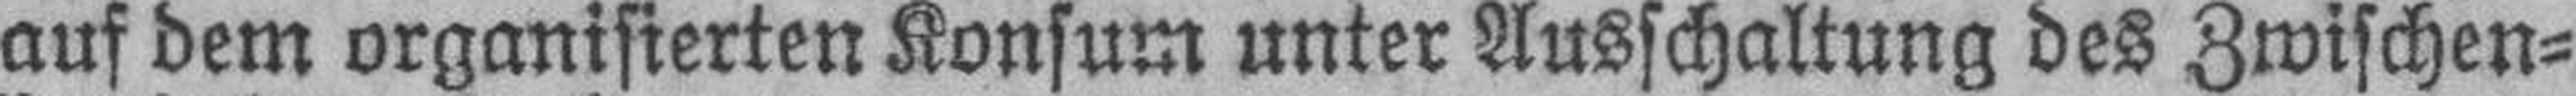
auf dem organisierten Konsum unter Ausschaltung des Zwischen¬